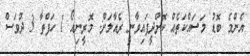
އެންމެ ބޮޑު މަސައްކަތެއް ކޮށްދީފައިވާނީ ރެއާލަށް: މޮރީނިއޯ 1 ހަފްތާ 3 ދުވަސް